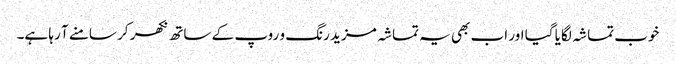
خوب تماشہ لگایا گیا اور اب بھی یہ تماشہ مزید رنگ و روپ کے ساتھ نکھر کر سامنے آ رہا ہے۔